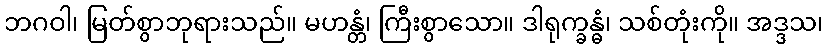
ဘဂဝါ၊ မြတ်စွာဘုရားသည်။ မဟန္တံ၊ ကြီးစွာသော။ ဒါရုက္ခန္ဓံ၊ သစ်တုံးကို။ အဒ္ဒသ၊